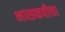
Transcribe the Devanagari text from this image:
भासकवीचा